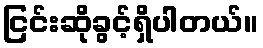
ငြင်းဆိုခွင့်ရှိပါတယ်။